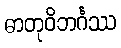
ဓာတုဝိဘင်္ဂဿ